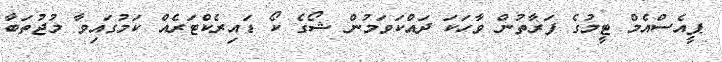
ޕީއެސްއެމް ޓީމުގެ ފަރާތުން ވާހަކަ ދައްކަވަމުން ޝޯގެ ކޯ ޑައިރެކްޓަރެއް ކަމުގައިވާ މުޖުތަބާ